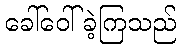
ခေါ်ဝေါ်ခဲ့ကြသည်